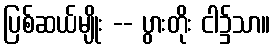
ပြစ်ဆယ်မျိုး -- ပွားတိုး ငါ၌သာ။